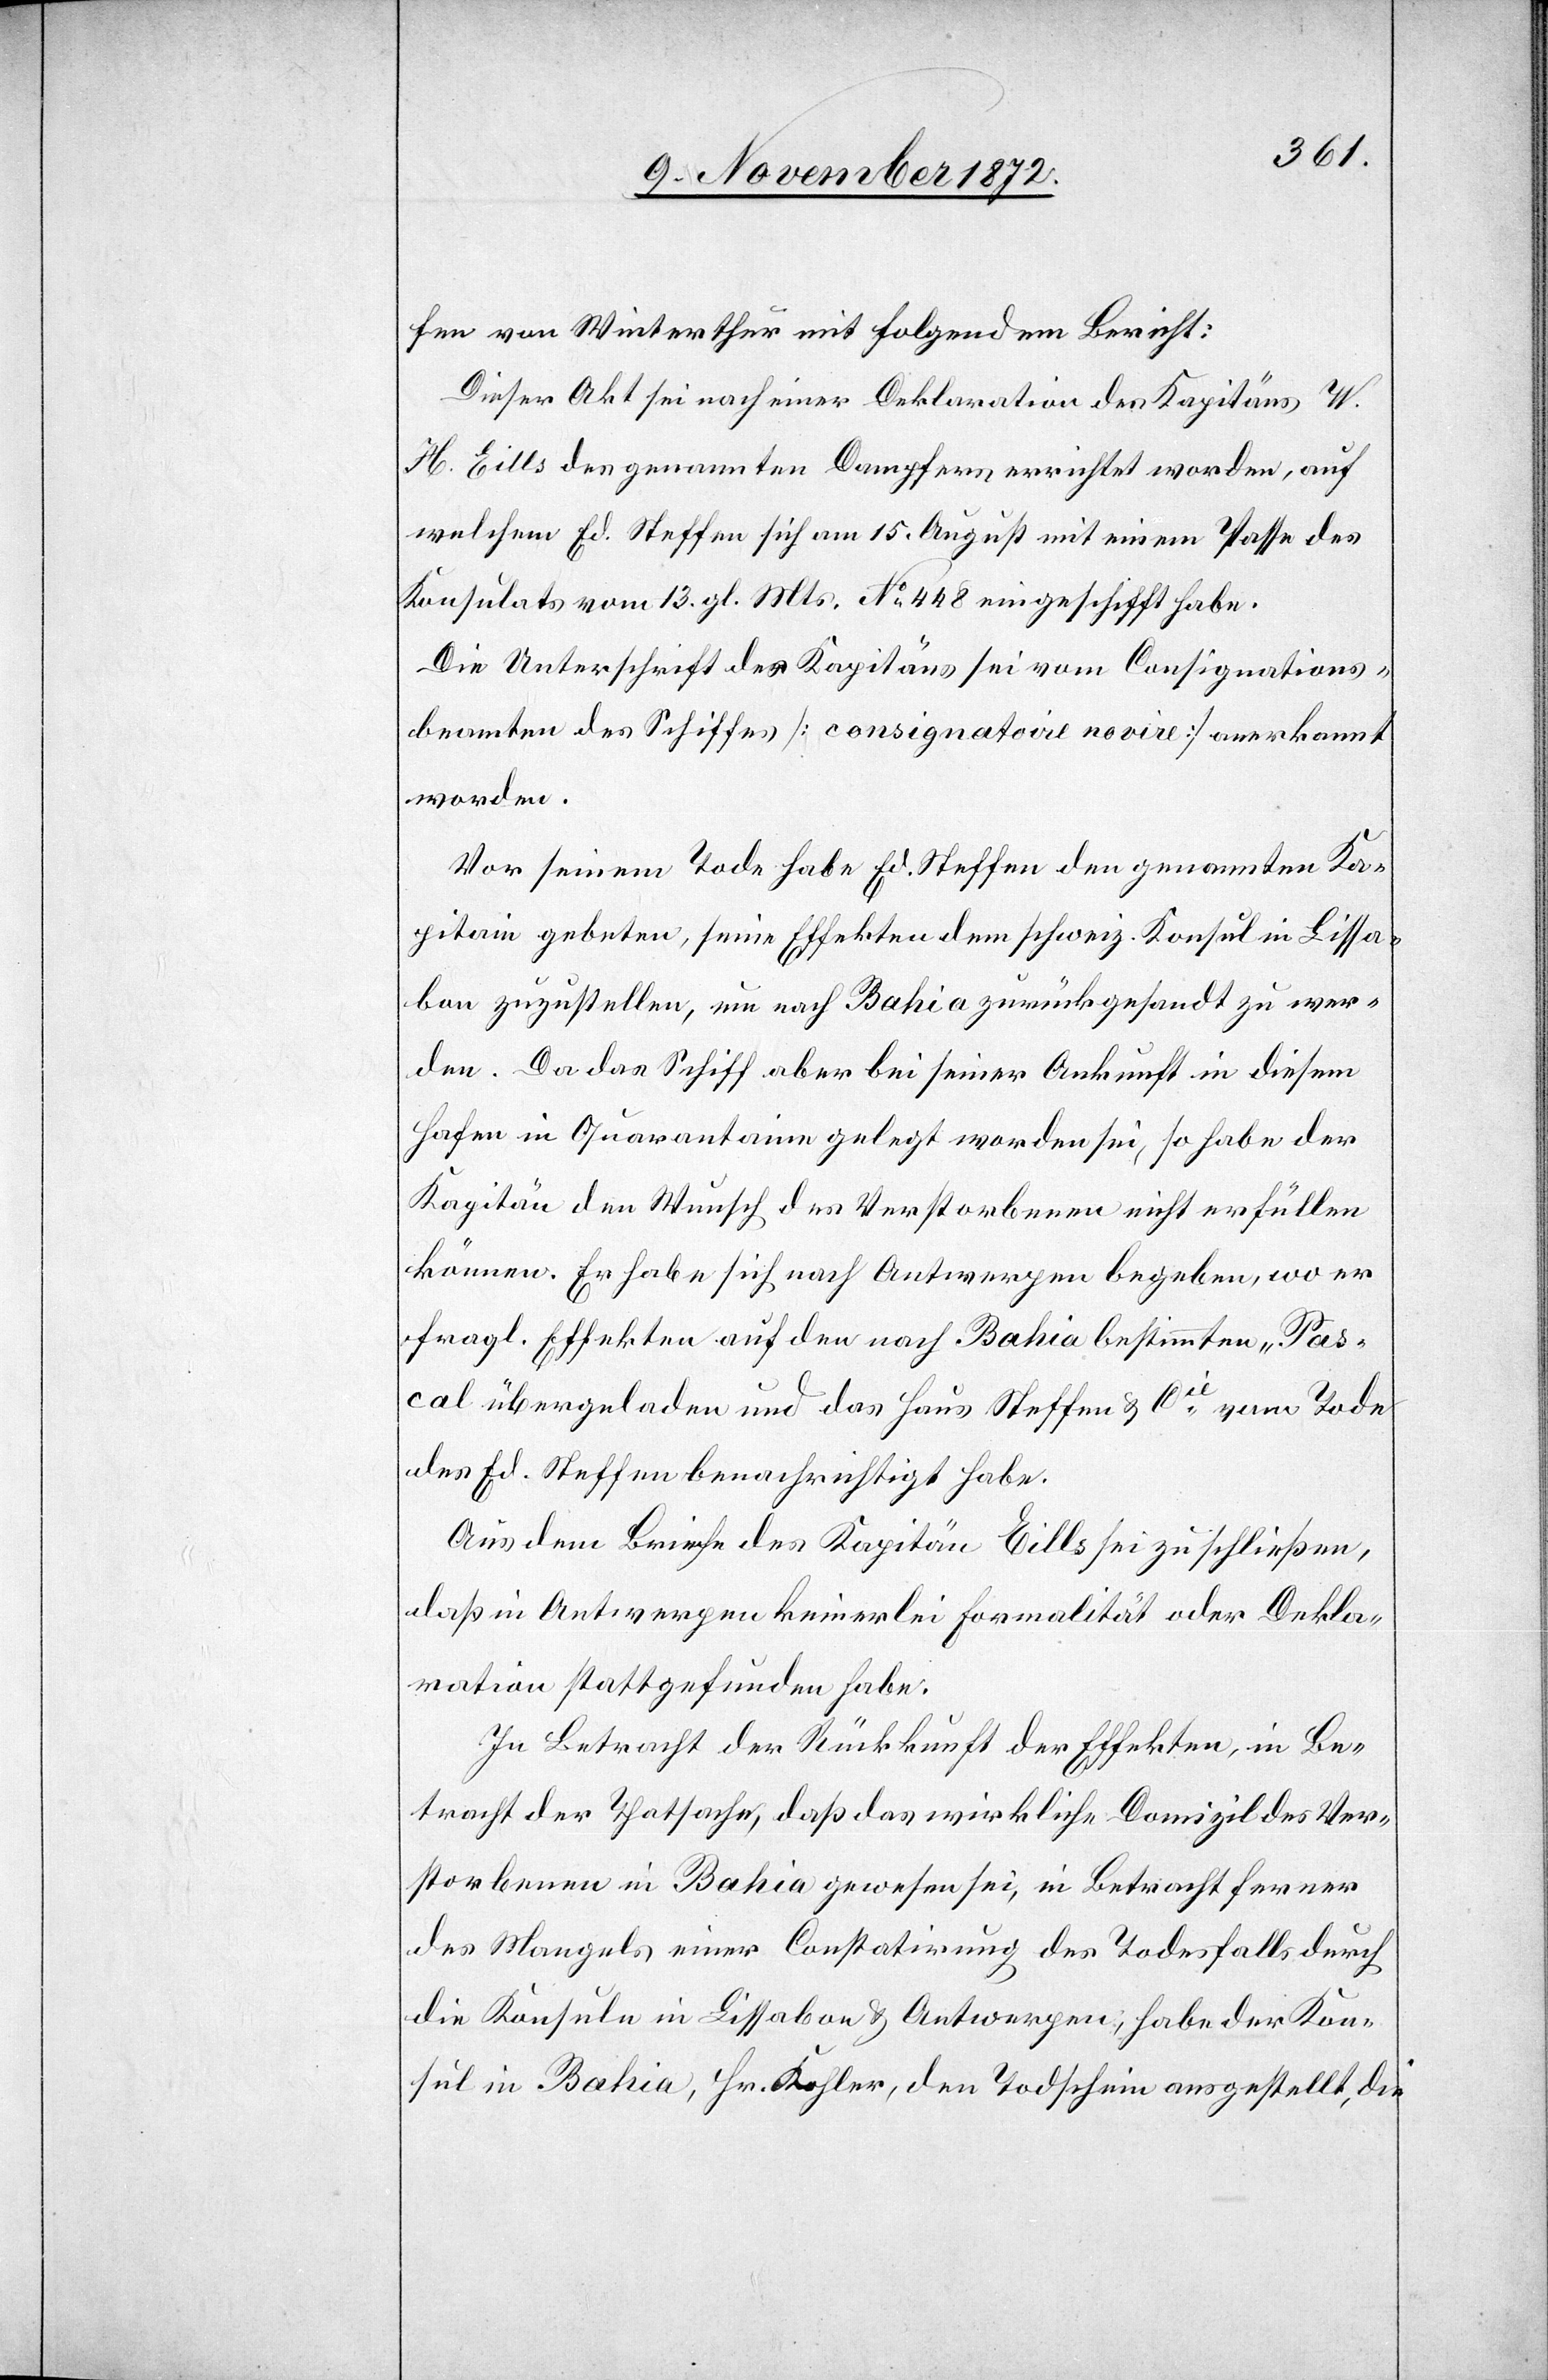
fen von Winterthur mit folgendem Bericht:
Dieser Akt sei nach einer Deklaration des Kapitäns W.
H. Eills des genannten Dampfers errichtet worden, auf
welchem Ed. Steffen sich am 15. August mit einem Passe des
Konsulats vom 13. gl. Mts. No 448 eingeschifft habe.
Die Unterschrift des Kapitäns sei vom Consignations¬
beamten des Schiffes [consignatoire novire] anerkannt
worden.
Vor seinem Tode habe Ed. Steffen den genannten Ka¬
pitain gebeten, seine Effekten dem schweiz. Konsul in Lissa¬
bon zuzustellen, um nach Bahia zurückgesandt zu wer¬
den. Da das Schiff aber bei seiner Ankunft in diesem
Hafen in Quarantaine gelegt worden sei, so habe der
Kapitän den Wunsch des Verstorbenen nicht erfüllen
können. Er habe sich nach Antwerpen begeben, wo er
fragl. Effekten auf den nach Bahia bestimmten „Pas¬
cal[“] übergeladen und das Haus Steffen u. Cie vom Tode
des Ed. Steffen benachrichtigt habe.
Aus dem Briefe des Kapitän Eills sei zu schließen,
daß in Antwerpen keinerlei Formalität oder Dekla¬
ration stattgefunden habe.
In Betracht der Rückkunft der Effekten, in Be¬
tracht der Thatsache, daß das wirkliche Domizil des Ver¬
storbenen in Bahia gewesen sei, in Betracht ferner
des Mangels einer Constatirung des Todesfalls durch
die Konsule in Lissabon u. Antwerpen, habe der Kon¬
sul in Bahia, Hr. Kohler, den Todschein ausgestellt, die